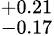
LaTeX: ^{+0.21}_{-0.17}